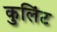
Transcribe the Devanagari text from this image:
कुलिंट